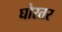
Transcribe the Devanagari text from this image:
घोरतर